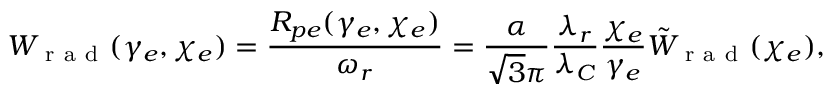
W _ { \mathrm { ~ r ~ a ~ d ~ } } ( \gamma _ { e } , \chi _ { e } ) = \frac { R _ { p e } ( \gamma _ { e } , \chi _ { e } ) } { \omega _ { r } } = \frac { \alpha } { \sqrt { 3 } \pi } \frac { \lambda _ { r } } { \lambda _ { C } } \frac { \chi _ { e } } { \gamma _ { e } } \tilde { W } _ { \mathrm { ~ r ~ a ~ d ~ } } ( \chi _ { e } ) ,